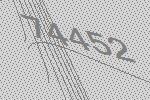
74452